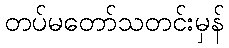
တပ်မတော်သတင်းမှန်